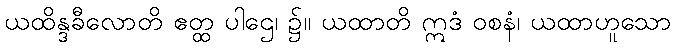
ယထိန္ဒခီလောတိ ဧတ္ထ ပါဌေ၊ ၌။ ယထာတိ ဣဒံ ဝစနံ၊ ယထာဟူသော